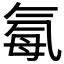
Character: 𪵥